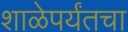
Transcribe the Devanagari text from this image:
शाळेपर्यंतचा